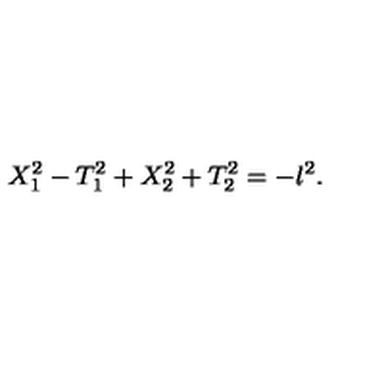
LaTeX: X _ { 1 } ^ { 2 } - T _ { 1 } ^ { 2 } + X _ { 2 } ^ { 2 } + T _ { 2 } ^ { 2 } = - l ^ { 2 } .